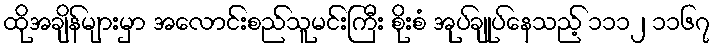
ထိုအချိန်များမှာ အလောင်းစည်သူမင်းကြီး စိုးစံ အုပ်ချုပ်နေသည့် ၁၁၁၂ ၁၁၆၇